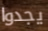
يجدوا